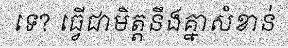
ទេ? ធ្វើជាមិត្តនឹងគ្នាសំខាន់